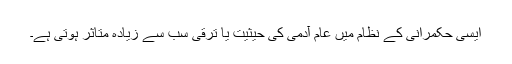
ایسی حکمرانی کے نظام میں عام آدمی کی حیثیت یا ترقی سب سے زیادہ متاثر ہوتی ہے۔